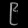
Digit: ၉